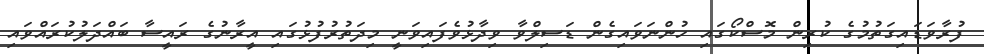
ފުރާވަޑައިގަތުމުގެ ކުރިން މޮސްކޯގައި ހުންނަވައިގެން ޑަސިލްވާ ވިދާޅުވެފައިވަނީ މިދަތުރުފުޅުގައި އީރާނުގެ ރައީސާ ބައްދަލުކުރައްވައި